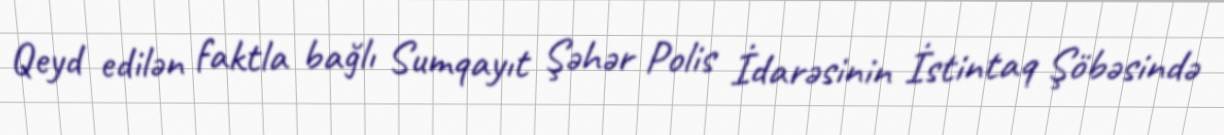
Qeyd edilən faktla bağlı Sumqayıt Şəhər Polis İdarəsinin İstintaq Şöbəsində